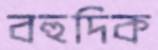
বহুদিক